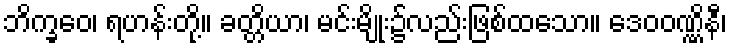
ဘိက္ခဝေ၊ ရဟန်းတို့။ ခတ္တိယာ၊ မင်းမျိုး၌လည်းဖြစ်ထသော။ ဒေဝဝဏ္ဏိနီ၊